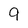
Character: 9